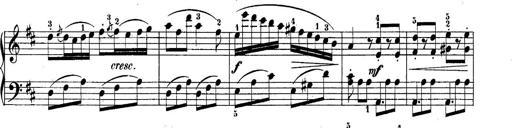
Title: 10 Sonatines progressives
Composer: Anton Schmoll